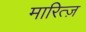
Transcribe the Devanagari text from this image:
मारित्ज़